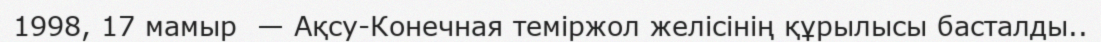
1998, 17 мамыр  — Ақсу-Конечная теміржол желісінің құрылысы басталды..